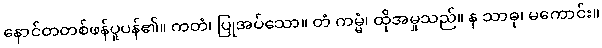
နောင်တတစ်ဖန်ပူပန်၏။ ကတံ၊ ပြုအပ်သော။ တံ ကမ္မံ၊ ထိုအမှုသည်။ န သာဓု၊ မကောင်း။